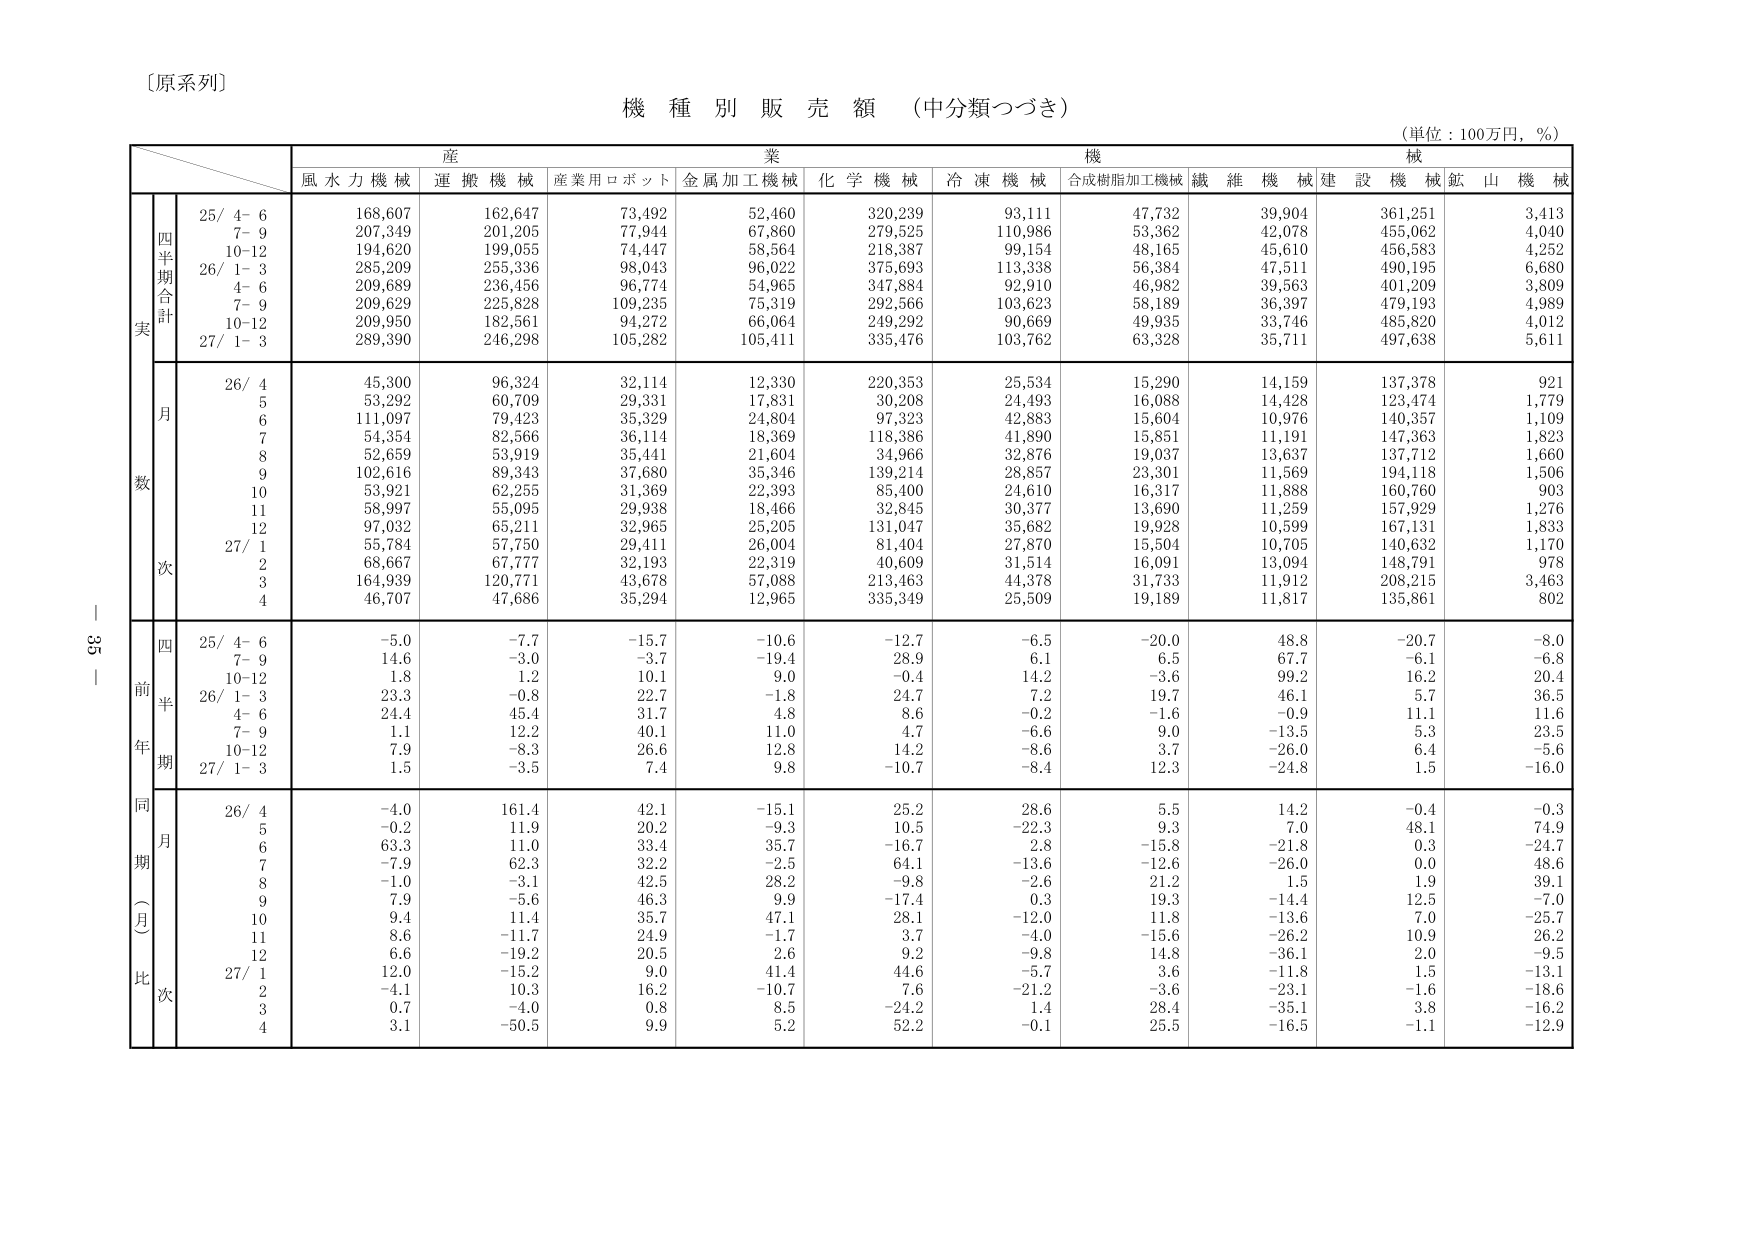
〔原系列〕

機 種 別 販 売 額 （中分類つづき）

（単位：100万円，％）